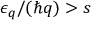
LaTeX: \epsilon _ { \boldsymbol { q } } / ( \hbar q ) > s